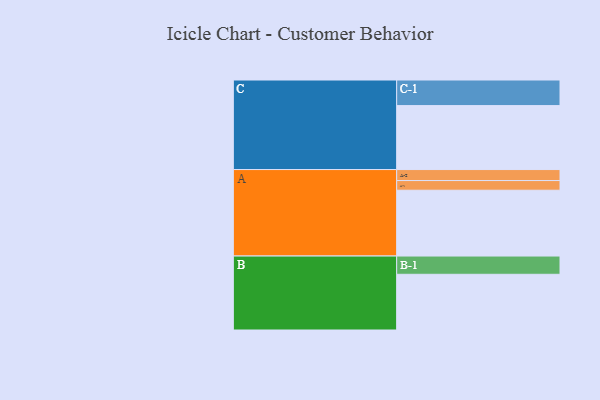
{"axis": {"x": "Segment", "y": "Value"}, "legend": ["", "A", "B", "C"], "data": [{"x": "A", "y": 599, "type": ""}, {"x": "B", "y": 507, "type": ""}, {"x": "C", "y": 582, "type": ""}, {"x": "A-1", "y": 88, "type": "A"}, {"x": "A-2", "y": 100, "type": "A"}, {"x": "B-1", "y": 166, "type": "B"}, {"x": "C-1", "y": 233, "type": "C"}]}